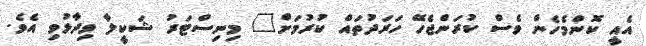
އެއީ ކޮންމެހެން ވެސް ކުރަންޖެހޭ ހަރަދުތައް ކުރުމަށް" މިނިސްޓަރު ޝަކީލާ ވިދާޅުވި އެވެ.